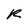
Character: R